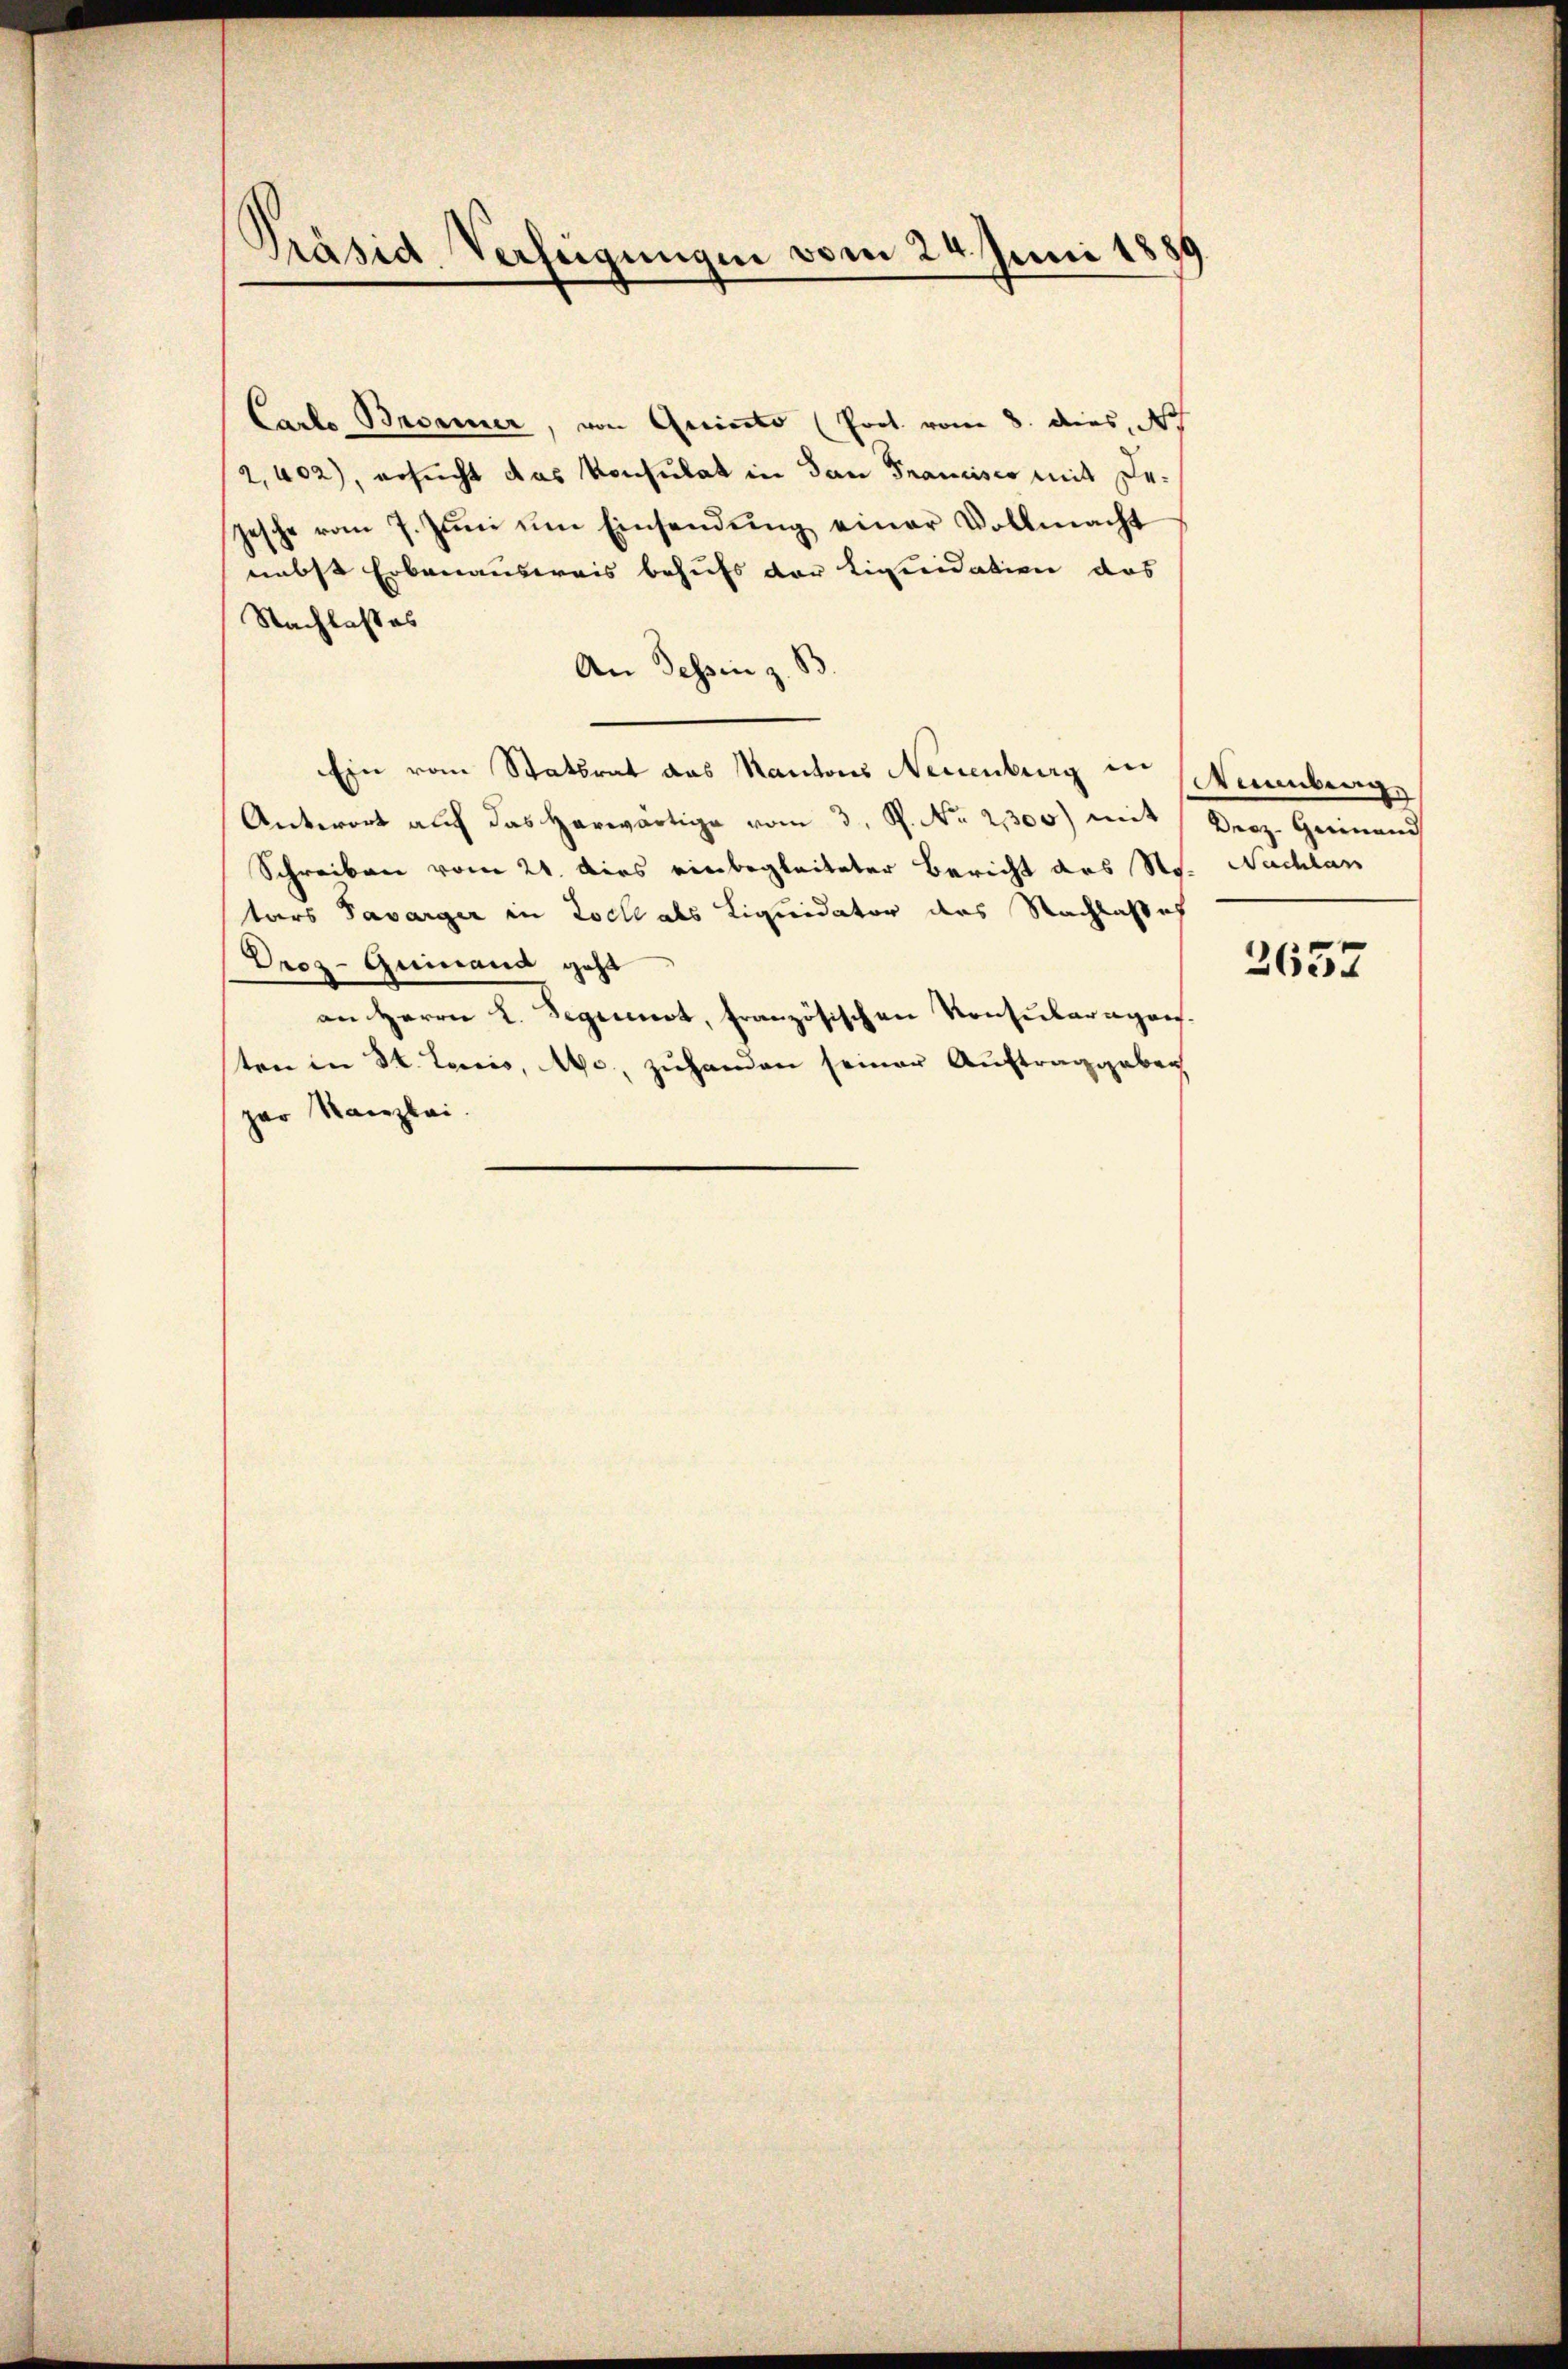
.
Präsid. Verfügungen vom 24. Juni 1889

Carlo Brunner, von Quisto (Prot. vom 8. dies, d
2,402), ersucht das Konsulat in dan Francisco mit De-
jesche vom 7. Jŭni ŭm Einsendŭng einer Vollmacht
nebst Erbenausweis behufs der hineidation das
Nachlasses
An Tessin z. B
Ein vom Statsrat das Mantons Neuenburg in Weinberg
Antwort auch das herwärtige vom 3. P. No. 2300) mit
Schreiben vom 21. dies einbegleiteter Bericht des No. Nachlan
tars Savarger in Loch als Liquidator des Nachlaße
Droz-Guinand geht
an Herrn L. Segennot, französischen Konsularagen.
ten in St. Louis, 140, zuhanden seiner Auftraggeben
par Kanzlei.

Droz. Geinand

2657